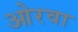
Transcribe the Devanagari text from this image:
ओरवा